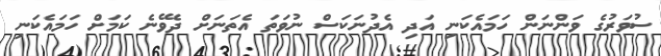
ސުވަރުގެ ވަންނަން ހަމައެކަނި އަދި އެދުނަކަސް ނުވަތަ އެތަނަށް ދެވޭނެ ކަމަށް ހަމައެކަނި